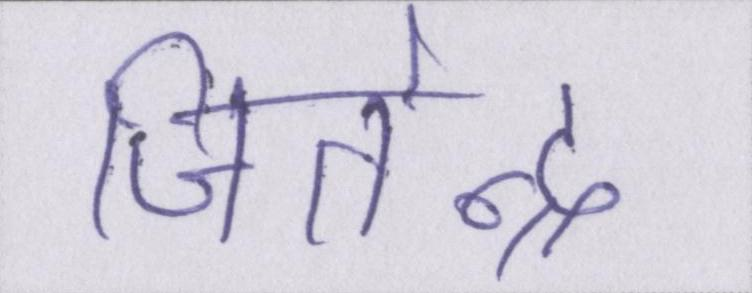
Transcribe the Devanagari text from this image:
जितेन्द्र